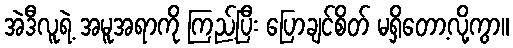
အဲဒီလူရဲ့ အမူအရာကို ကြည့်ပြီး ပြောချင်စိတ် မရှိတော့လို့ကွာ။